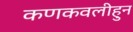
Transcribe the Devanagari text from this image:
कणकवलीहुन